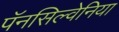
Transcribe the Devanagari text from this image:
पॅनसिल्वेनिया